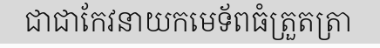
ជាជាកែវនាយកមេទ័ពធំត្រួតត្រា